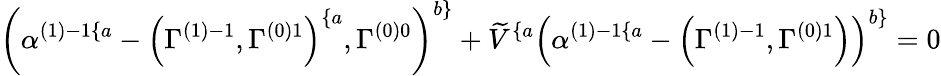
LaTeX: \left(\alpha^{\left(1\right)-1\{ a}-\left(\Gamma_{}^{\left(1\right)-1},\Gamma_{}^{\left(0\right)1}\right)^{\{ a},\Gamma_{}^{\left(0\right)0}\right)^{b\} }+\widetilde{V}^{\{ a}\left(\alpha^{\left(1\right)-1\{ a}-\left(\Gamma_{}^{\left(1\right)-1},\Gamma_{}^{\left(0\right)1}\right)\right)^{b\} }=0